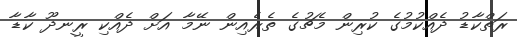
ރަތްކާޑު ދެއްކުމުގެ ކުރިން މެޗުގެ ތެރެއިން ނޭމާ އަށް ދެއްކި ރީނދޫ ކާޑާ